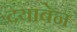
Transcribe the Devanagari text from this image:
दयाबेन